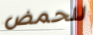
للحمض